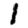
Digit: 1